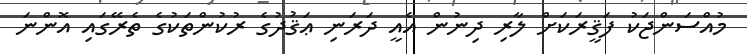
މުއްސަންޖަކު ފަޤީރަކަށް ލާރި ދިނުން އެއީ ދަރަނި ޢަޤުދުގެ ރުކުންތަކުގެ ތެރޭގައި އޮންނަ